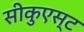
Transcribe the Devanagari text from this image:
सीकुएस्ट